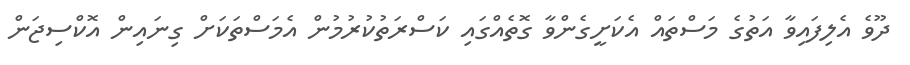
ދޫވެ އެލިފައިވާ އަތުގެ މަސްތައް އެކަށީގެންވާ ގޮތެއްގައި ކަސްރަތުކުރުމުން އެމަސްތަކަށް ގިނައިން އޮކްސިޖަން